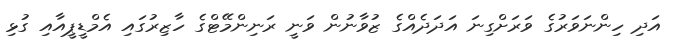
އަދި ހިންނަވަރުގެ ވަރަށްގިނަ އަދަދެއްގެ ޒުވާނުން ވަނީ ރަނިންމޭޓްގެ ހާޒިރުގައި އެމްޑީޕީއާއި ގުޅި